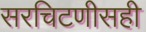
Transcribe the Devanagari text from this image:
सरचिटणीसही